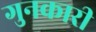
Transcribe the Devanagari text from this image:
गुनकारी